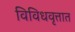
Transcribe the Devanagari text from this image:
विविधवृत्तात